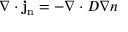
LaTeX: \nabla \cdot \mathbf { j } _ { \mathrm { { n } } } = - \nabla \cdot D \nabla n